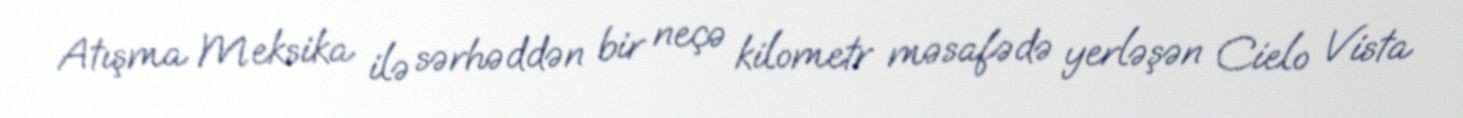
Atışma Meksika ilə sərhəddən bir neçə kilometr məsafədə yerləşən Cielo Vista